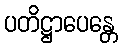
ပတိဋ္ဌာပေန္တေ